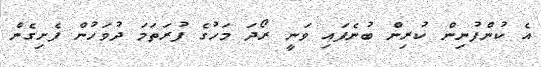
އެ ކުންފުނިން ކުރިން ބުނެފައި ވަނީ ރޯދަ މަހުގެ ފުރަތަމަ ދުވަހުން ފެށިގެން